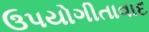
ઉપયોગીતાવાદ